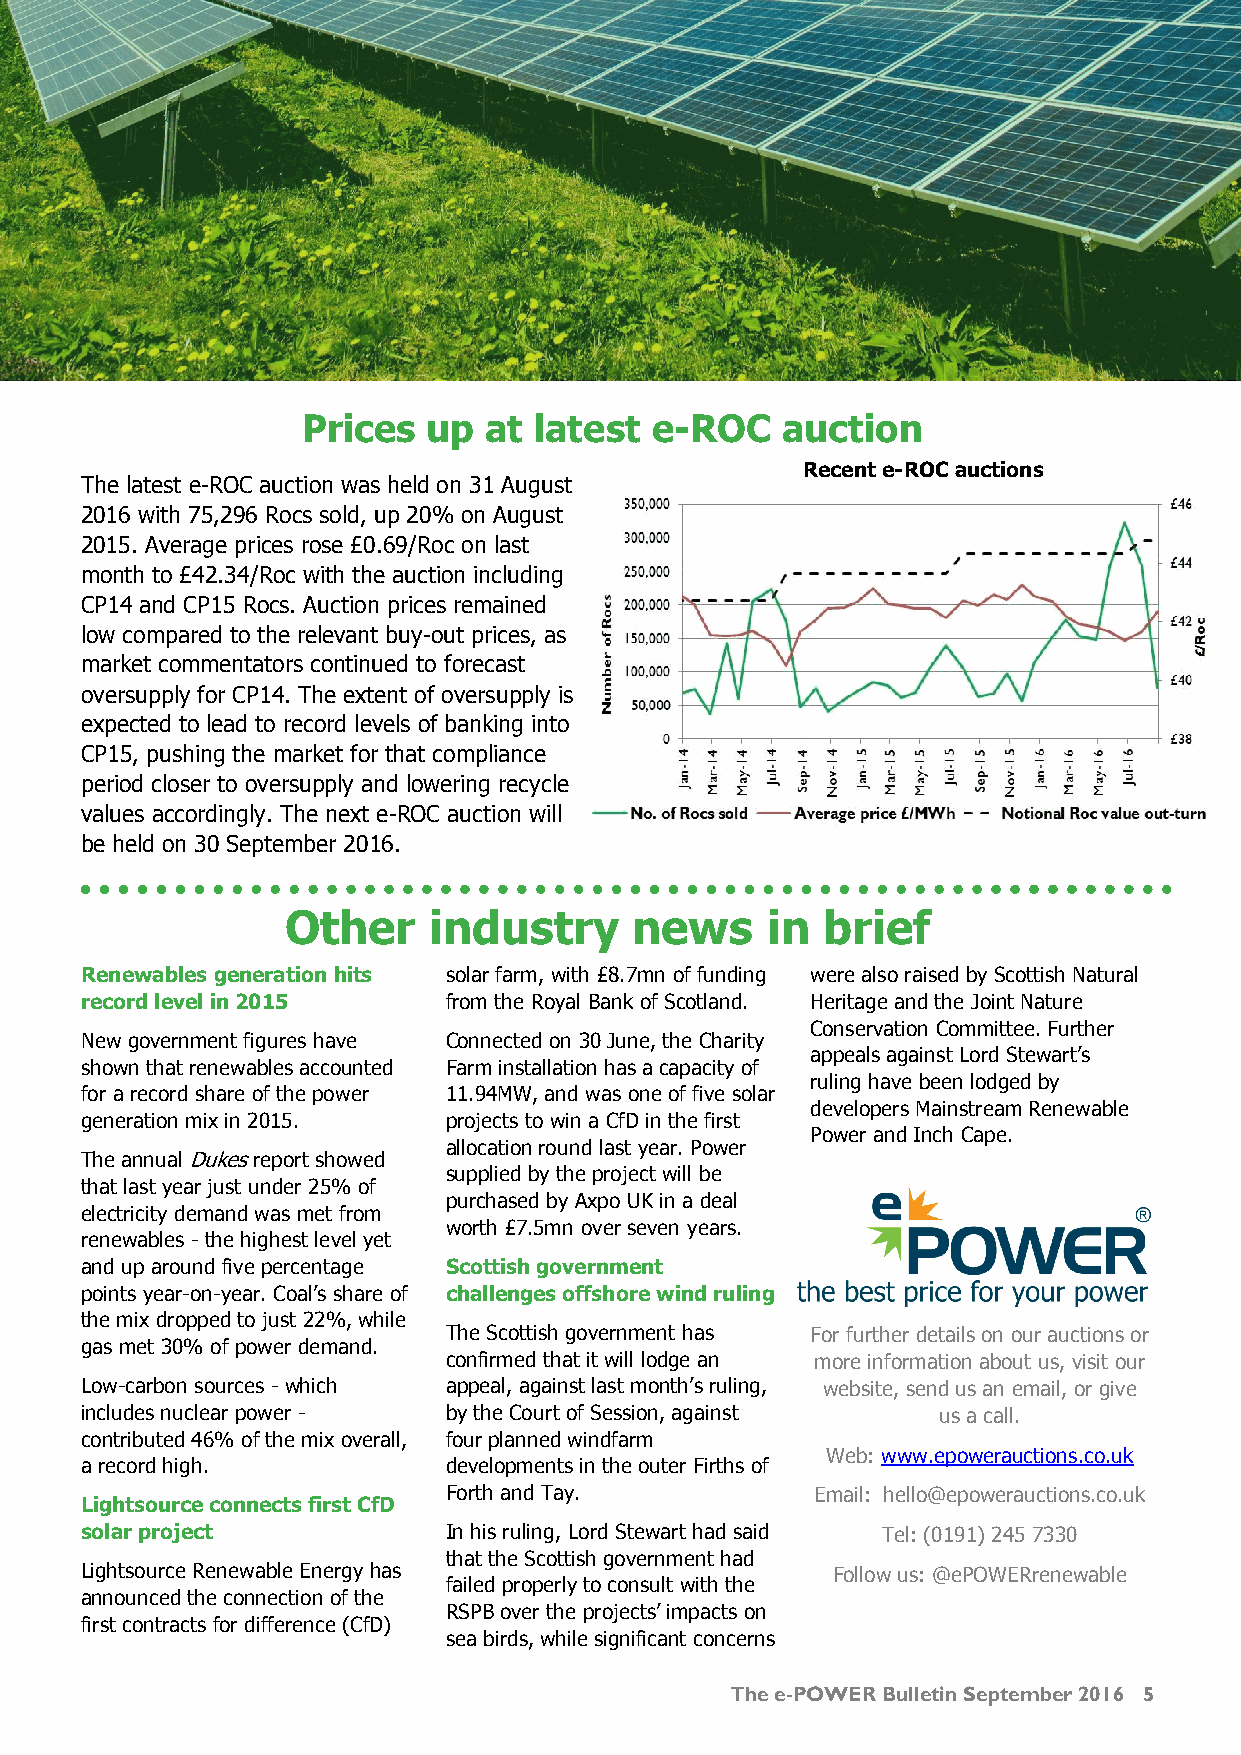
Prices  up  at latest  e-ROC    auction
 Recent e-ROC auctions
 The latest e-ROC auction was held on 31 August
 2016 with 75,296 Rocs sold, up 20% on August
 2015. Average prices rose £0.69/Roc on last
 month to £42.34/Roc with the auction including
 CP14 and CP15 Rocs. Auction prices remained
 low compared to the relevant buy-out prices, as
 market commentators continued to forecast
 oversupply for CP14. The extent of oversupply is
 expected to lead to record levels of banking into
 CP15, pushing the market for that compliance
 period closer to oversupply and lowering recycle
 values accordingly. The next e-ROC auction will
 be held on 30 September 2016.
 Other    industry      news     in brief
 Renewables generation hits solar farm, with £8.7mn of funding were also raised by Scottish Natural
 record level in 2015    from the Royal Bank of Scotland. Heritage and the Joint Nature
 Conservation Committee. Further
 New government figures have Connected on 30 June, the Charity
 appeals against Lord Stewart’s
 shown that renewables accounted Farm installation has a capacity of
 ruling have been lodged by
 for a record share of the power 11.94MW, and was one of five solar
 developers Mainstream Renewable
 generation mix in 2015. projects to win a CfD in the first
 Power and Inch Cape.
 allocation round last year. Power
 The annual Dukes report showed
 supplied by the project will be
 that last year just under 25% of
 purchased by Axpo UK in a deal
 electricity demand was met from
 worth £7.5mn over seven years.
 renewables - the highest level yet
 and up around five percentage Scottish government
 points year-on-year. Coal’s share of challenges offshore wind ruling
 the mix dropped to just 22%, while
 The Scottish government has For further details on our auctions or
 gas met 30% of power demand.
 confirmed that it will lodge an more information about us, visit our
 Low-carbon sources - which appeal, against last month’s ruling, website, send us an email, or give
 includes nuclear power - by the Court of Session, against us a call.
 contributed 46% of the mix overall, four planned windfarm
 Web: www.epowerauctions.co.uk
 a record high.          developments in the outer Firths of
 Forth and Tay.           Email: hello@epowerauctions.co.uk
 Lightsource connects first CfD
 solar project           In his ruling, Lord Stewart had said Tel: (0191) 245 7330
 that the Scottish government had
 Lightsource Renewable Energy has                  Follow us: @ePOWERrenewable
 failed properly to consult with the
 announced the connection of the
 RSPB over the projects’ impacts on
 first contracts for difference (CfD)
 sea birds, while significant concerns
 The e-POWER Bulletin September 2016 5